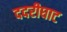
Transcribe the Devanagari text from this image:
ददरीघाट